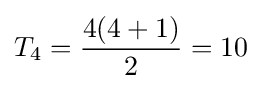
T_{4}={\frac {4(4+1)}{2}}=10